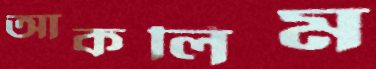
আকলিম